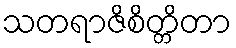
သတရာဇိစိတ္တိတာ